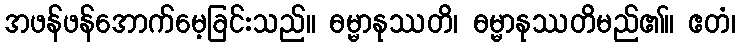
အဖန်ဖန်အောက်မေ့ခြင်းသည်။ ဓမ္မာနုဿတိ၊ ဓမ္မာနုဿတိမည်၏။ ဧတံ၊